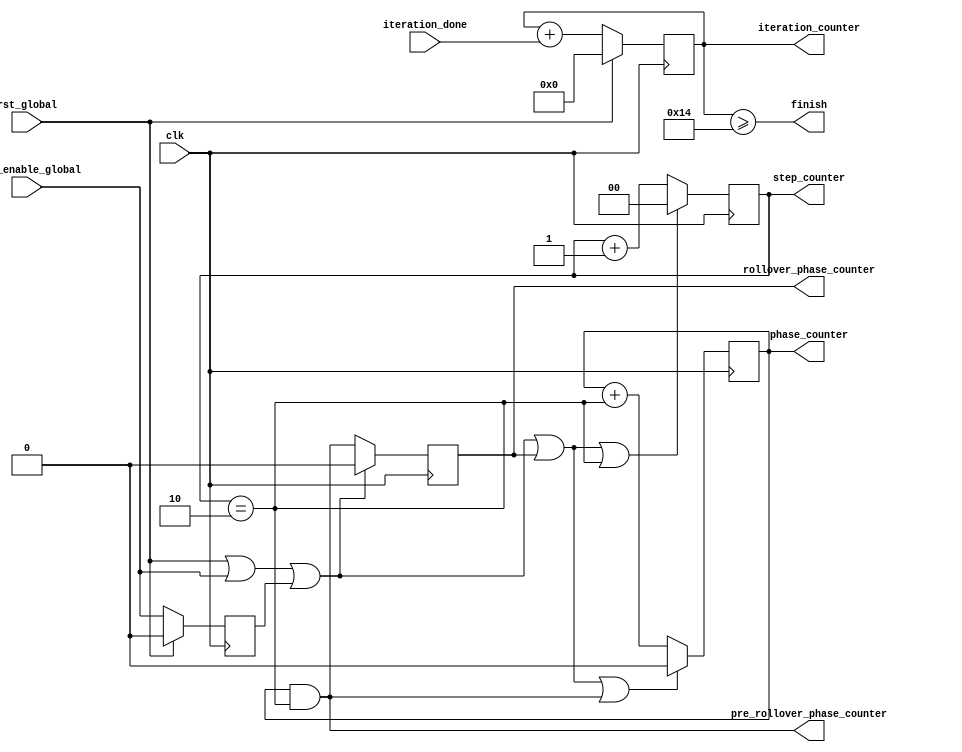
`timescale 1ns / 1ps
//////////////////////////////////////////////////////////////////////////////////
// Company: 
// Engineer: 
// 
// Design Name: 
// Module Name:    DesignCounterBlock 
// Project Name: 
// Target Devices: 
// Tool versions: 
// Description: 
//
// Dependencies: 
//
// Revision: 
// Revision 0.01 - File Created
// Additional Comments: 
//
//////////////////////////////////////////////////////////////////////////////////
module CounterBlock(input rst_global, read_enable_global, clk, iteration_done,
								  output reg [1:0] step_counter, 
								  output reg phase_counter, 
								  output reg [10:0] iteration_counter,
								  output reg rollover_phase_counter,
								  output pre_rollover_phase_counter,
								  output finish);
reg read_enable_global_reg;
//-------------------------------------------------------------------------------
// COMPARATORS

wire cmpout_step_counter  = (step_counter == 2); // cmpout is comparator output
wire cmpout_phase_counter = (phase_counter == 1);
assign finish             = (iteration_counter >= 20);
assign pre_rollover_phase_counter
                          = cmpout_phase_counter & cmpout_step_counter;

//-------------------------------------------------------------------------------
// Reset and Enable Generation  (or walay)
wire rst_local             = rst_global | read_enable_global     | read_enable_global_reg;
wire rst_step_counter      = rst_local  | rollover_phase_counter | cmpout_step_counter;  
wire rst_phase_counter     = rst_local  | rollover_phase_counter | cmpout_phase_counter & cmpout_step_counter;
wire rst_iteration_counter = rst_global;

wire enable_phase_counter     = cmpout_step_counter;
wire enable_iteration_counter = iteration_done; 								  

//-------------------------------------------------------------------------------
// Sequential part - Register to hold the read enable global signal
always@(posedge clk)
begin
	if (rst_global)
		read_enable_global_reg <= 0;
	else
		read_enable_global_reg <= read_enable_global; 
end

// COUNTERS-SEQUENTIAL PART
always@(posedge clk)
begin
	if (rst_step_counter)
		step_counter <= 0;
	else
		step_counter <= step_counter + 1; // +1 because counter is always enabled
end

always@(posedge clk)
begin
	if (rst_phase_counter)
		phase_counter <= 0;
	else
		phase_counter <= phase_counter + enable_phase_counter; 
end

always@(posedge clk)
begin
	if (rst_iteration_counter)
		iteration_counter <= 0;
	else
		iteration_counter <= iteration_counter + enable_iteration_counter;
		$display("Iteration #%d\n",iteration_counter);
end

//------------------------------------------------------------------------------
// Single Flip-Flop (delay element)
always@(posedge clk)
begin
	if (rst_local)
		rollover_phase_counter <= 0;
	else
		rollover_phase_counter <= cmpout_phase_counter & cmpout_step_counter;
end

endmodule